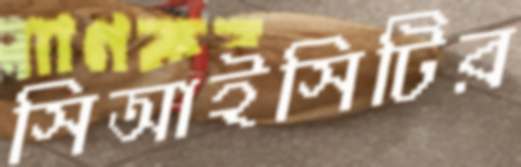
সিআইসিটির